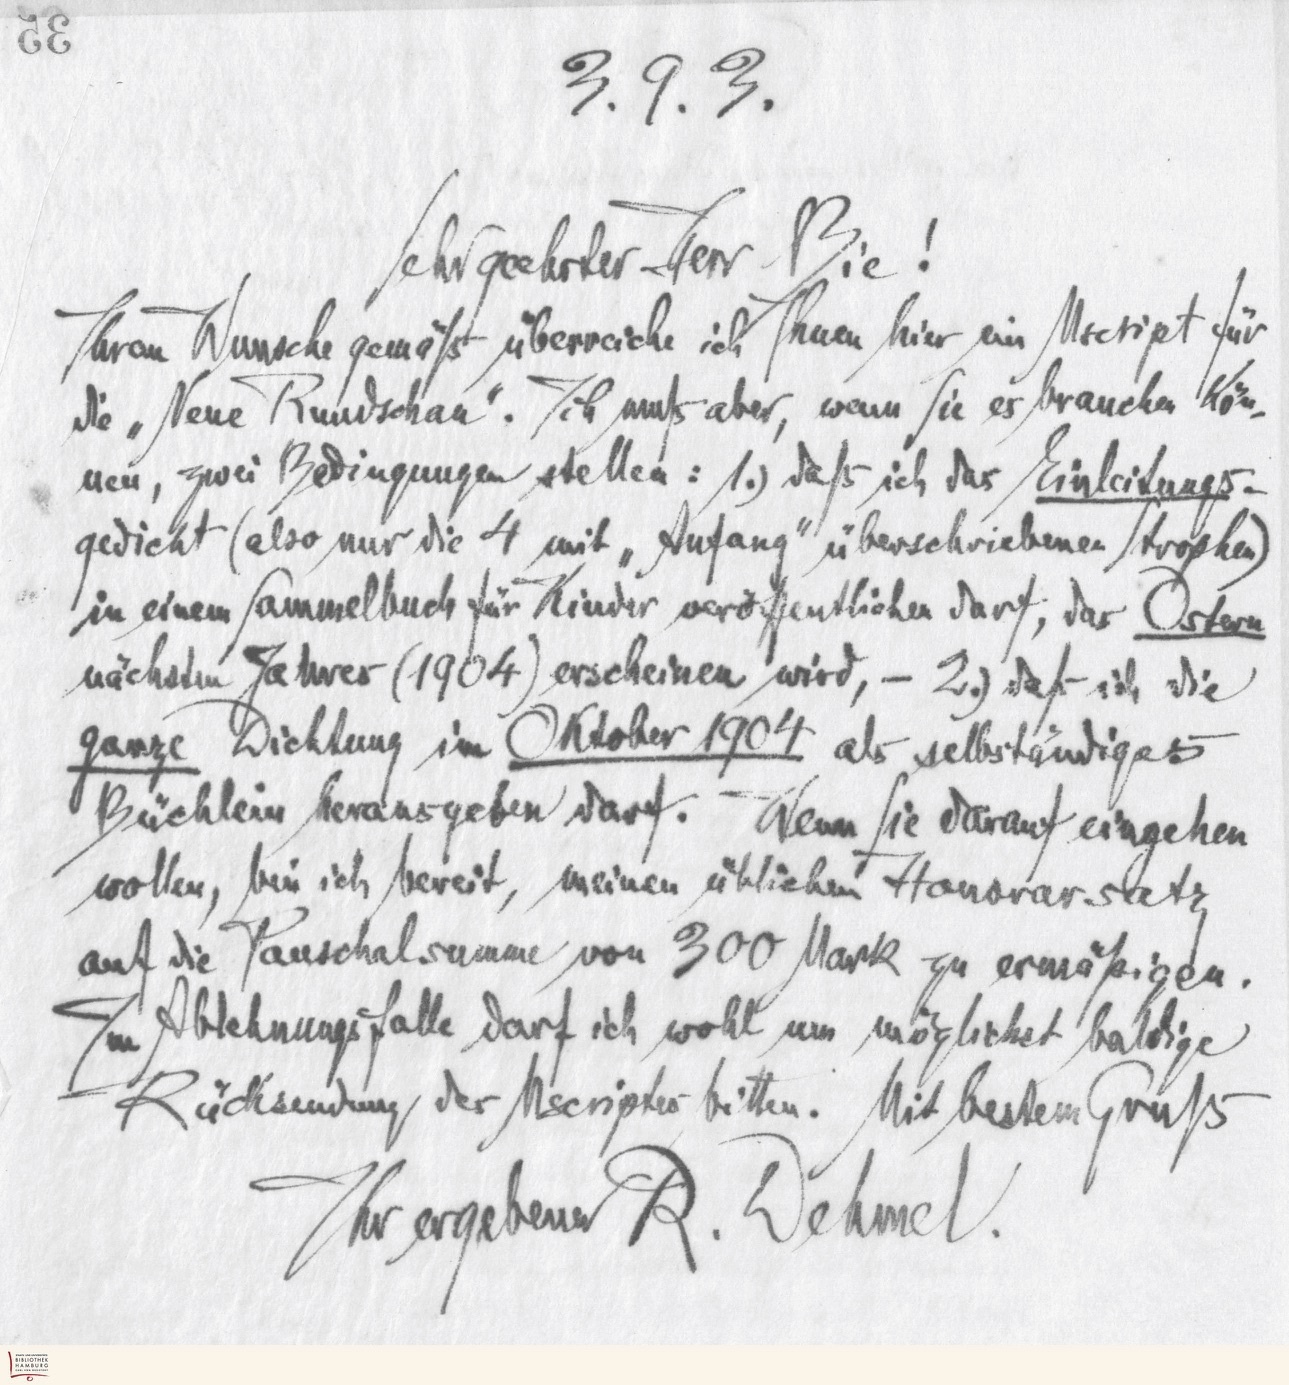
35

3.9.3.
Sehr geehrter Herr Bie!
Ihrem Wunsche gemäß überreiche ich Ihnen hier ein Mscript füt
die "Neue Rundschau". Ich muß aber, wenn Sie es brauchen kön-
nen, zwei Bedingungen stellen: 1.)  daß ich das Einleitungs-
gedicht (also nur die 4 mit "Anfang" überschriebenen Strophen)
in einem Sammelbuch für Kinder veröffentlichen darf, das Ostern
nächsten Jahres (1904) erscheinen wird, - 2.) daß ich die
ganze Dichtung im Oktober 1904 als selbständiges
Büchlein herausgeben darf. Wenn Sie darauf eingehen
wollen, bin ich bereit, meinen üblichen Honorarsatz
auf die Pauschalsumme von 300 Mark zu ermäßigen.
Im Ablehnungsfalle darf ich wohl um möglichst baldige
Rücksendung des Mscriptes bitten. Mit bestem Gruß
Ihr ergebener R. Dehmel.